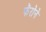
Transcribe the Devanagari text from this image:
फॅरोने